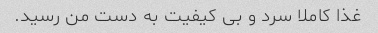
غذا کاملا سرد و بی کیفیت به دست من رسید.